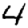
Digit: 4